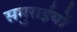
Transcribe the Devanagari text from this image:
समुराईयों